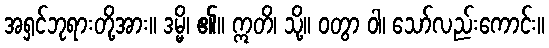
အရှင်ဘုရားတို့အား။ ဒမ္မိ၊ ၏။ ဣတိ၊ သို့။ ဝတွာ ဝါ၊ သော်လည်းကောင်း။